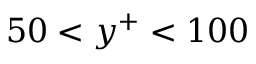
5 0 < y ^ { + } < 1 0 0